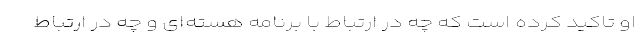
او تاکید کرده است که چه در ارتباط با برنامه هسته‌ای و چه در ارتباط